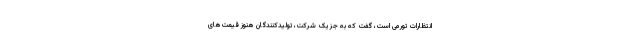
انتظارات تورمی است، گفت که به جز یک شرکت، تولیدکنندگان هنوز قیمت‌های